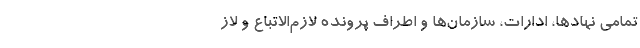
تمامی نهادها، ادارات، سازمان‌ها و اطراف پرونده لازم‌الاتباع و لاز